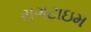
રાગટાઇમ